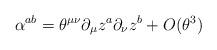
LaTeX: \begin{align*}\alpha ^{ab}=\theta ^{\mu \nu }\partial _{\mu }z^{a}\partial _{\nu}z^{b}+O(\theta ^{3})\end{align*}